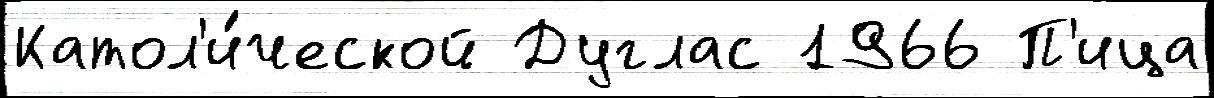
Катол'и́ческой Дуглас 1966 П'ица